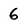
Character: 6